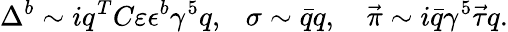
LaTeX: \Delta^{b}\sim iq^{T}C\varepsilon\epsilon^{b}\gamma^{5}q,~~~\sigma\sim\bar{q}q,~~~~\vec{\pi}\sim i\bar{q}\gamma^{5}\vec{\tau}q.